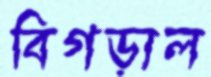
বিগড়াল